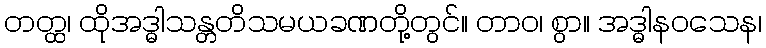
တတ္ထ၊ ထိုအဒ္ဓါသန္တတိသမယခဏတို့တွင်။ တာဝ၊ စွာ။ အဒ္ဓါနဝသေန၊